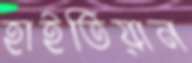
হাইতিয়ান